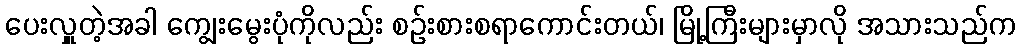
ပေးလှူတဲ့အခါ ကျွေးမွေးပုံကိုလည်း စဉ်းစားစရာကောင်းတယ်၊ မြို့ကြီးများမှာလို အသားသည်က